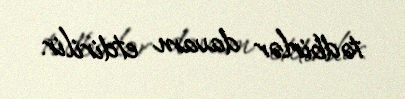
tədbirlər davam etdirilir.